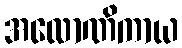
အလောဏိကာယ